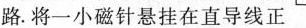
路。将一小磁针悬挂在直导线正